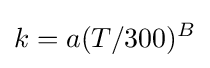
k=a(T/300)^{B}